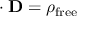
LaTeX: \mathbf { \nabla } \cdot \mathbf { D } = \rho _ { \mathrm { f r e e } }